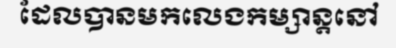
ដែលបានមកលេងកម្សាន្តនៅ